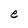
Character: e